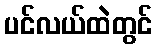
ပင်လယ်ထဲတွင်